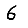
Digit: 6